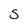
Character: S